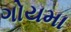
ગોયમા